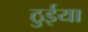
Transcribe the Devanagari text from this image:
ठुईया